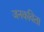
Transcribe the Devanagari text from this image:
जनकविता